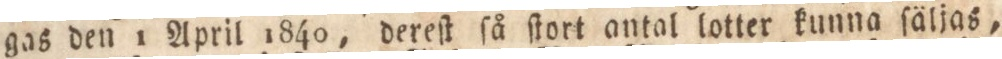
gas den 1 April 1840, dereſt ſå ſtort antal lotter kunna ſäljas,